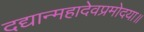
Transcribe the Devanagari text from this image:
दद्यान्महादेवप्रमोदया॥